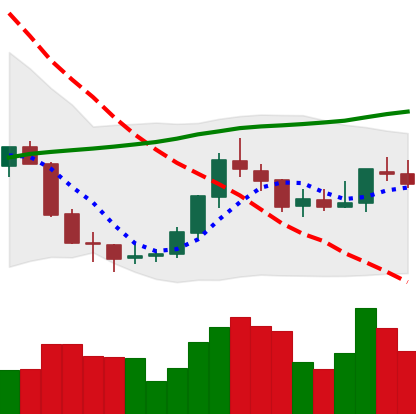
Ticker: EOS-USD
Chart end date: 2018-07-26
Forward return: -11.41%
Label: down_7plus